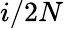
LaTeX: i/2N